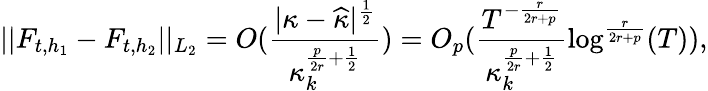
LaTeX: \vert\vert F_{t,h_{1}}-F_{t,h_{2}}\vert\vert_{L_{2}}=O(\frac{|\kappa-\widehat{\kappa}|^{\frac{1}{2}}}{\kappa_{k}^{\frac{p}{2r}+\frac{1}{2}}})=O_{p}(\frac{T^{-\frac{r}{2r+p}}}{\kappa_{k}^{\frac{p}{2r}+\frac{1}{2}}}\log^{\frac{r}{2r+p}}(T)),